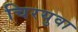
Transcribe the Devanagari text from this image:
चिरयुवा